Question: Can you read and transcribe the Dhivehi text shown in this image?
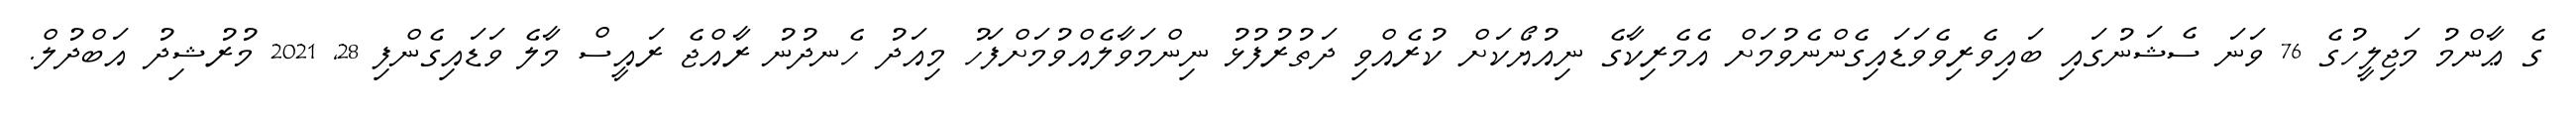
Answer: ގެ ޢާންމު މަޖިލީހުގެ 76 ވަނަ ސެޝަނުގައި ބައިވެރިވެވަޑައިގެންނެވުމަށް އެމެރިކާގެ ނިއުޔޯކަށް ކުރެއްވި ދަތުރުފުޅު ނިންމަވާލެއްވުމަށްފަހު މިއަދު ހެނދުނު ރާއްޖެ ރައީސް މާލެ ވަޑައިގެންފި 28, 2021 މުރުޝިދު އަބްދުލް.